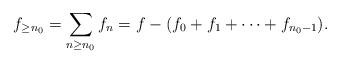
LaTeX: \begin{align*}f_{\geq n_0} = \sum_{n \geq n_0} f_n = f - (f_0 + f_1 + \cdots +f_{n_0 - 1}).\end{align*}